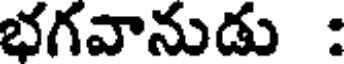
భగవానుడు :